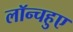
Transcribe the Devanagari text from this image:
लॉन्चहुए